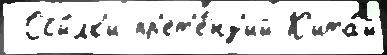
 Ссы́лк'и пр'ет'е́нз'ий К'ита́й